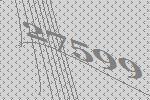
27599